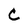
Character: C